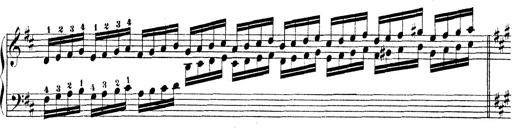
Title: Technische Studien
Composer: Franz Liszt